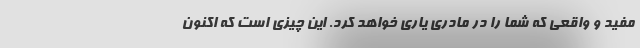
مفید و واقعی که شما را در مادری یاری خواهد کرد. این چیزی است که اکنون